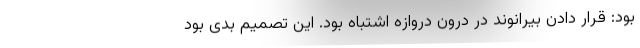
بود: قرار دادن بیرانوند در درون دروازه اشتباه بود. این تصمیم بدی بود